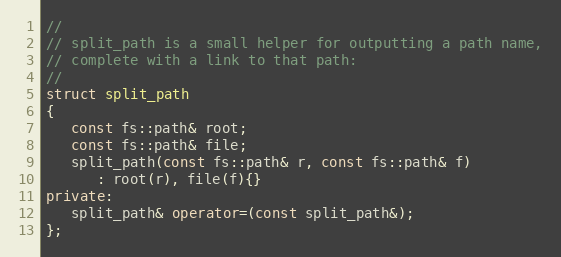
Language: C++
//
// split_path is a small helper for outputting a path name,
// complete with a link to that path:
//
struct split_path
{
   const fs::path& root;
   const fs::path& file;
   split_path(const fs::path& r, const fs::path& f)
      : root(r), file(f){}
private:
   split_path& operator=(const split_path&);
};